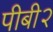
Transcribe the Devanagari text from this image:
पीबी२